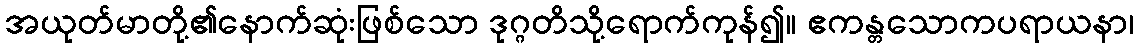
အယုတ်မာတို့၏နောက်ဆုံးဖြစ်သော ဒုဂ္ဂတိသို့ရောက်ကုန်၍။ ဧကန္တသောကပရာယနာ၊